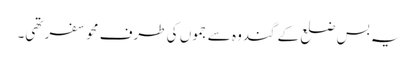
یہ بس ضلع کے گندوہ سے جموں کی طرف محو سفر تھی۔